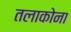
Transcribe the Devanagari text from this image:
तलाकोना